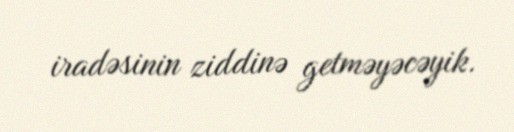
iradəsinin ziddinə getməyəcəyik.